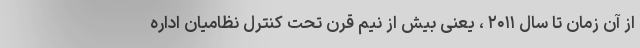
از آن زمان تا سال ۲۰۱۱ ، یعنی بیش از نیم قرن تحت کنترل نظامیان اداره